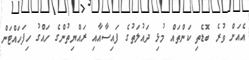
އެއަށް ވުރެ ބޮޑެތި ކަންތައް މުޅި ދައުލަތުގެ ފައިސާއާއި ރައްޔިތުންގެ ހައްގު ހިފަހައްޓަން